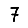
Digit: 7